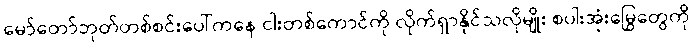
မော်တော်ဘုတ်တစ်စင်းပေါ်ကနေ ငါးတစ်ကောင်ကို လိုက်ရှာနိုင်သလိုမျိုး စပါးအုံးမြွေတွေကို